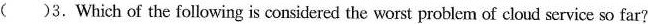
( )3.Which of the following is considered the worst problem of cloud service so far?